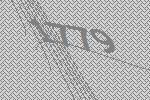
1779